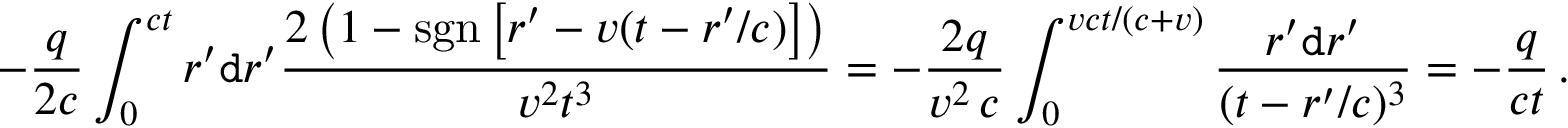
- \frac { q } { 2 c } \int _ { 0 } ^ { c t } r ^ { \prime } \mathtt { d } r ^ { \prime } \frac { 2 \left( 1 - \mathrm { s g n } \left[ r ^ { \prime } - v ( t - r ^ { \prime } / c ) \right] \right) } { v ^ { 2 } t ^ { 3 } } = - \frac { 2 q } { v ^ { 2 } \, c } \int _ { 0 } ^ { v c t / ( c + v ) } \frac { r ^ { \prime } \mathtt { d } r ^ { \prime } } { ( t - r ^ { \prime } / c ) ^ { 3 } } = - \frac { q } { c t } \, .